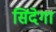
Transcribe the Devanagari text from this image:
सिंदेगा